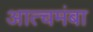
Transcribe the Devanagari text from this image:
आत्चमंबा